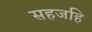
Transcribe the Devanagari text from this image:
सहजहि